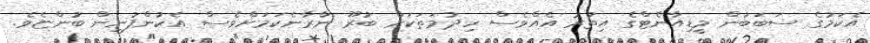
އެކަމުގެ ސަބަބުން މީޑިއާނެޓްގެ އިތުރު އެއްވެސް ހިދުމަތަކަށް ބުރޫ ނާރާނެކަމަށްވެސް އެކުންފުނިން ބުންޏެވެ.